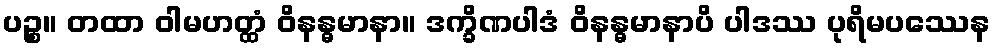
ပဉ္စ။ တထာ ဝါမဟတ္ထံ ဝိနန္ဓမာနာ။ ဒက္ခိဏပါဒံ ဝိနန္ဓမာနာပိ ပါဒဿ ပုရိမပဿေန